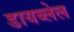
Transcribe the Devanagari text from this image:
डायब्लेल